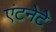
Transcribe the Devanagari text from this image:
एंटनेटे